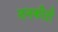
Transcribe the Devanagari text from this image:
तनकीदी